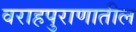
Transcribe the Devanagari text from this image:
वराहपुराणातील